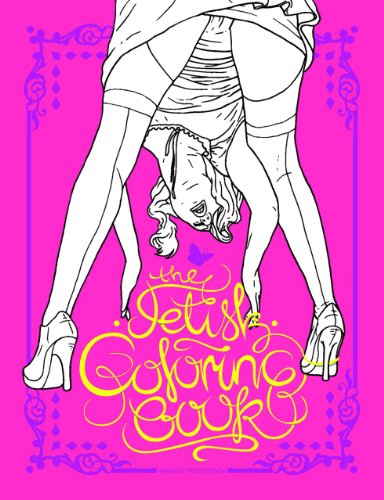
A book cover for The Fetish Coloring Book; Magnus Frederiksen; Humor & Entertainment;